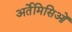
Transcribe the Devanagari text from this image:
अर्तेमिसिओं